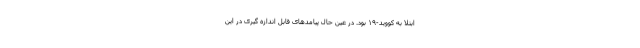
ابتلا به کووید-۱۹ بود. در عین حال پیامدهای قابل اندازه گیری در این